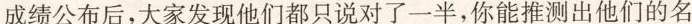
成绩公布后，大家发现他们都只说对了一半，你能推测出他们的名